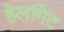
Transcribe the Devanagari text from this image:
हेलमिट